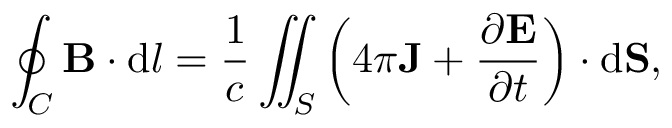
\oint _ { C } \mathbf { B } \cdot \mathrm { d } { \boldsymbol { l } } = { \frac { 1 } { c } } \iint _ { S } \left( 4 \pi \mathbf { J } + { \frac { \partial \mathbf { E } } { \partial t } } \right) \cdot \mathrm { d } \mathbf { S } ,